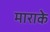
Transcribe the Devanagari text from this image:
माराके